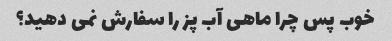
خوب پس چرا ماهی آب پز را سفارش نمی دهید؟